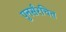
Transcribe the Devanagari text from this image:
पुनर्संरचित